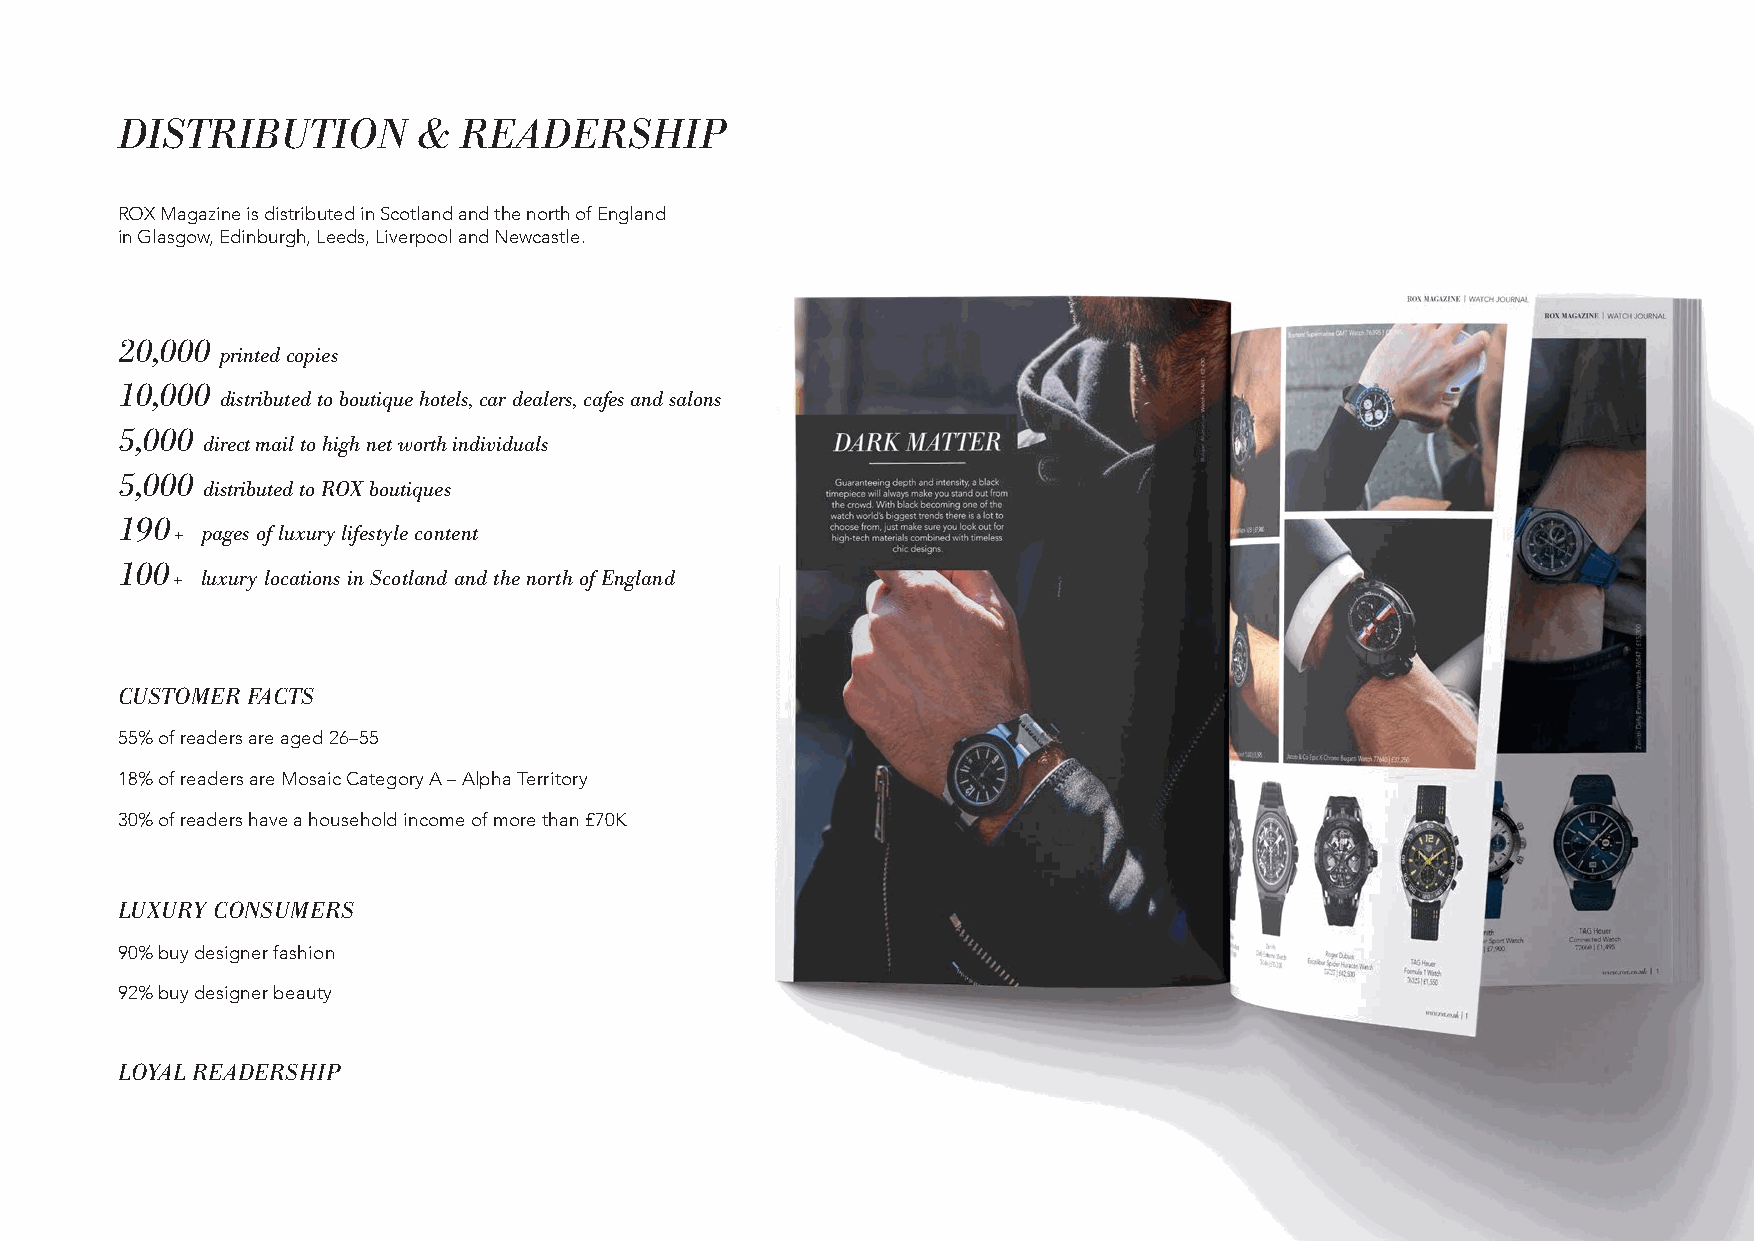
DISTRIBUTION        &  READERSHIP
 ROX Magazine is distributed in Scotland and the north of England
 in Glasgow, Edinburgh, Leeds, Liverpool and Newcastle.
 20,000
 printed copies
 10,000
 distributed to boutique hotels, car dealers, cafes and salons
 5,000
 direct mail to high net worth individuals
 5,000
 distributed to ROX boutiques
 190
 + pages of luxury lifestyle content
 100
 + luxury locations in Scotland and the north of England
 CUSTOMER FACTS
 55% of readers are aged 26–55
 18% of readers are Mosaic Category A – Alpha Territory
 30% of readers have a household income of more than £70K
 LUXURY CONSUMERS
 90% buy designer fashion
 92% buy designer beauty
 LOYAL READERSHIP